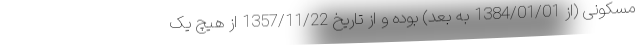
مسکونی (از 1384/01/01 به بعد) بوده و از تاریخ 1357/11/22 از هیچ یک